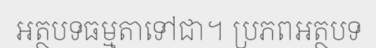
អត្ថបទធម្មតាទៅជា។ ប្រភពអត្ថបទ